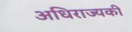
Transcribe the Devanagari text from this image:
अधिराज्यकी